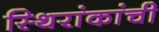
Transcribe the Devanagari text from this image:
स्थिरांकांची